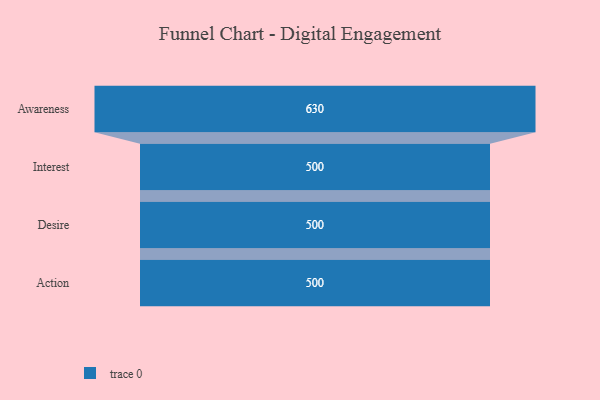
{"axis": {"x": "Stage", "y": "Value"}, "legend": [""], "data": [{"x": "Awareness", "y": 630.0, "type": ""}, {"x": "Interest", "y": 500, "type": ""}, {"x": "Desire", "y": 500, "type": ""}, {"x": "Action", "y": 500, "type": ""}]}